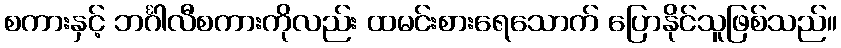
စကားနှင့် ဘင်္ဂါလီစကားကိုလည်း ထမင်းစားရေသောက် ပြောနိုင်သူဖြစ်သည်။